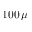
1 0 0 \, \mu